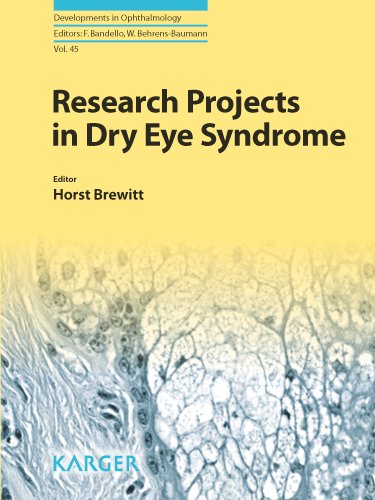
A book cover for Research Projects in Dry Eye Syndrome (Developments in Ophthalmology, Vol. 45); Medical Books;